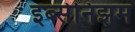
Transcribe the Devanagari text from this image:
इब्सेनिझम